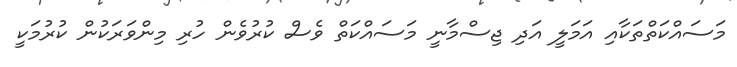
މަސައްކަތްތަކާއި އަމަލީ އަދި ޖިސްމާނީ މަސައްކަތް ވެސް ކުރުވެން ހުރި މިންވަރަކުން ކުރުމަކީ